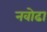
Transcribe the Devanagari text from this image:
नवोढा